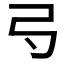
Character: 𢎚